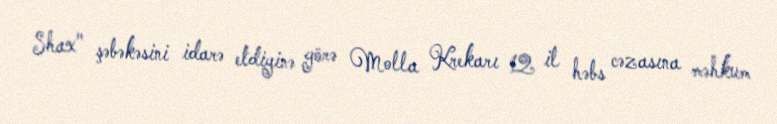
Shax" şəbəkəsini idarə etdiyinə görə Molla Krekarı 12 il həbs cəzasına məhkum